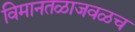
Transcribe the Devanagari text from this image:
विमानतळाजवळच